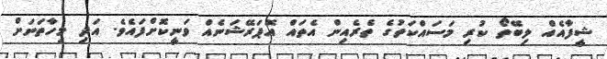
ޝީފާއެއް ލިބޭތޯ ކުރި މަސައްކަތުގެ ތެރެއިން އެތައް އޮޕަރޭޝަނެއް ވަނީކޮށްފައެވެ. އަދި މިހާތަނަށް